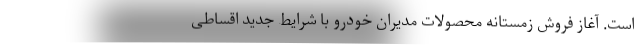
است. آغاز فروش زمستانه محصولات مدیران خودرو با شرایط جدید اقساطی